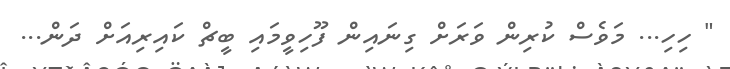
" ހިހި... މަވެސް ކުރިން ވަރަށް ގިނައިން ފޫހިވީމައި ބީޗް ކައިރިއަށް ދަން...